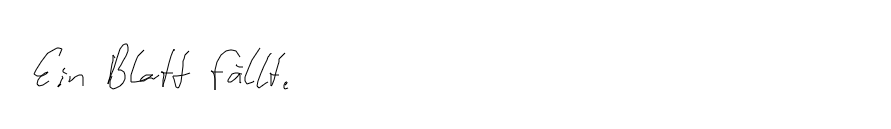
Ein Blatt fällt.